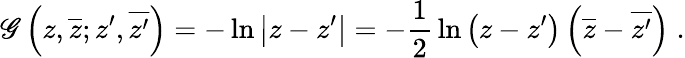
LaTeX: \mathscr{G}\left(z,\overline{{{{z}}}};z^{\prime},\overline{{{{z^{\prime}}}}}\right)=-\ln{\left|z-z^{\prime}\right|}=-{\frac{{1}}{{2}}}\ln{\left(z-z^{\prime}\right)\left(\overline{{{z}}}-\overline{{{{z^{\prime}}}}}\right)}\; .